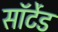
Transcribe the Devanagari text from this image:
सॉर्टेड